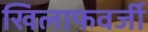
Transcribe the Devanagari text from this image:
खिलाफवर्जी